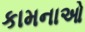
કામનાઓ